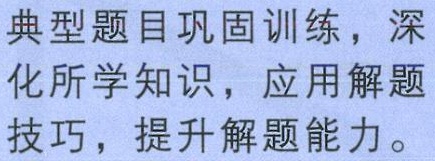
典型题目巩固训练，深化所学知识，应用解题技巧，提升解题能力。